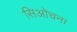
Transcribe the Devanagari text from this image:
सिओचना